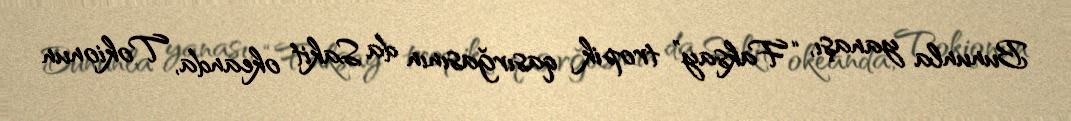
Bununla yanaşı, “Faksay” tropik qasırğasının da Sakit okeanda, Tokionun